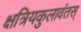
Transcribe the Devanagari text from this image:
क्षत्रियकुलावंतस्